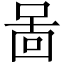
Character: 啚